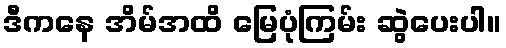
ဒီကနေ အိမ်အထိ မြေပုံကြမ်း ဆွဲပေးပါ။